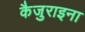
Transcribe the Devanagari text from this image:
कैजुराइना